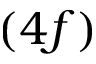
( 4 f )